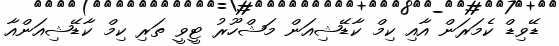
ޑޭވިޑް ކެމަރަން އާއި ކިމް ކާޑޭޝިއަން މަޝްހޫރު ޓީވީ ތަރި ކިމް ކާޑޭޝިއަންއާ